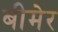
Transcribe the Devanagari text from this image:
बीमेर